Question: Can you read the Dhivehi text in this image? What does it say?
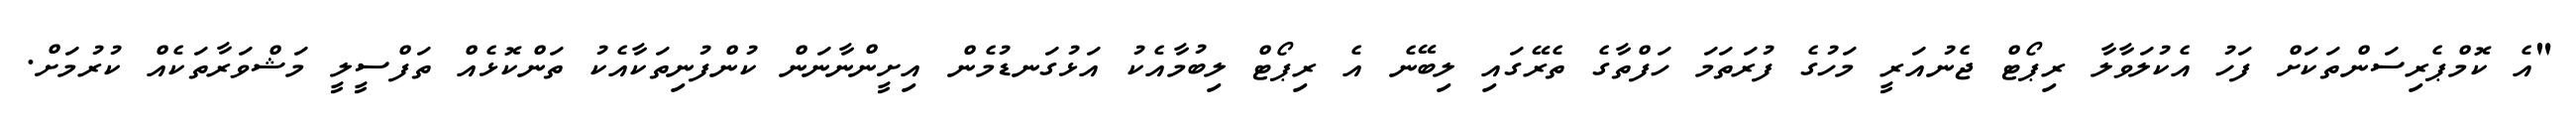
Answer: "އެ ކޮމްޕެރިސަންތަކަށް ފަހު އެކުލަވާލާ ރިޕޯޓް ޖެނުއަރީ މަހުގެ ފުރަތަމަ ހަފްތާގެ ތެރޭގައި ލިބޭނެ އެ ރިޕޯޓް ލިބުމާއެކު އަޅުގަނޑުމެން އިށީންނާނަން ކުންފުނިތަކާއެކު ތަންކޮޅެއް ތަފްސީލީ މަޝްވަރާތަކެއް ކުރުމަށް.